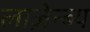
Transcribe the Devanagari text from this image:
लाज़ेन्ब्य